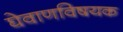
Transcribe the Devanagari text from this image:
घेवाणविषयक